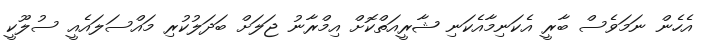
އެހެން ނަމަވެސް ބާރީ އެކަނިމާއެކަނި ޝާރީއަތްކޮށް އިމްރާނު ޖަލަށް ބަދަލުކުރި މައްސަލައެއީ ސުލޫކީ